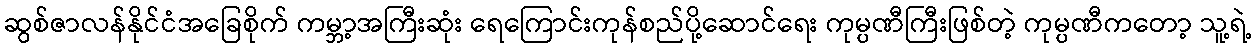
ဆွစ်ဇာလန်နိုင်ငံအခြေစိုက် ကမ္ဘာ့အကြီးဆုံး ရေကြောင်းကုန်စည်ပို့ဆောင်ရေး ကုမ္ပဏီကြီးဖြစ်တဲ့ ကုမ္ပဏီကတော့ သူ့ရဲ့